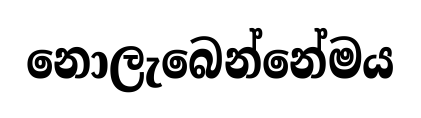
නොලැබෙන්නේමය